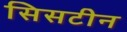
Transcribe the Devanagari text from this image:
सिसटीन